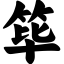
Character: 筚